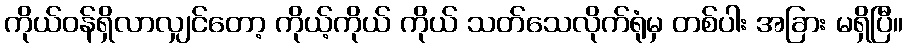
ကိုယ်ဝန်ရှိလာလျှင်တော့ ကိုယ့်ကိုယ် ကိုယ် သတ်သေလိုက်ရုံမှ တစ်ပါး အခြား မရှိပြီ။